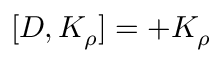
[ D , K _ { \rho } ] = + K _ { \rho }